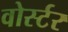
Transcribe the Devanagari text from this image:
वोर्स्टर